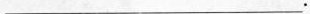
___.